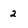
Character: 2